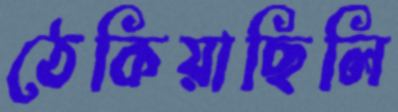
ঠেকিয়াছিলি